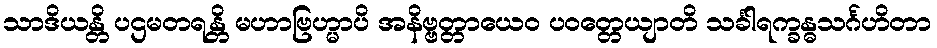
သာဒိယန္တိ ပဌမတရန္တိ မဟာဗြဟ္မာပိ အနိဗ္ဗတ္တာယေဝ ပဝတ္တေယျာတိ သင်္ခါရက္ခန္ဓသင်္ဂဟိတာ